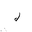
Letter: _lam